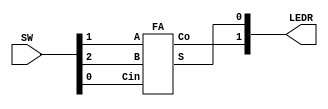
/*
Author: Kyle Jarvis
Program Name: Lab 5 Part 2
Creation Date: 2/21/24
Date Last Updated: 2/21/24
Function: Functions as a full adder
Method: adds two numbers together using boolean logic, then displays them on LEDR[1:0]
Inputs: A, B, Cin
Outputs: Co, S
Comments: 
*/


module Lab5Part2(
input [2:0]SW,
output [1:0]LEDR);

	//impliments half adder and inputs the switches
	FA fulladder1(.A(SW[1]), .B(SW[2]), .Cin(SW[0]), .Co(LEDR[1]), .S(LEDR[0]));

endmodule


module FA(
input A, B, Cin,
output Co, S);


   // complete SOP equation for the sum bit
   assign S = A^B^Cin ;


   //complete SOP equation for the sum bit
   assign Co = (A&B) | (A&Cin) | (B&Cin);

endmodule